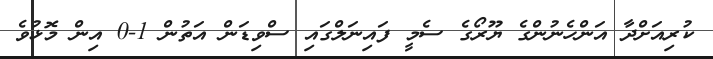
ކުރިއަށްދާ އަންހެނުންގެ ޔޫރޯގެ ސެމީ ފައިނަލްގައި ސްވިޑަން އަތުން 1-0 އިން މޮޅުވެ